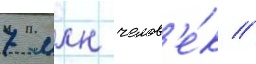
7 млн челов'е́к //